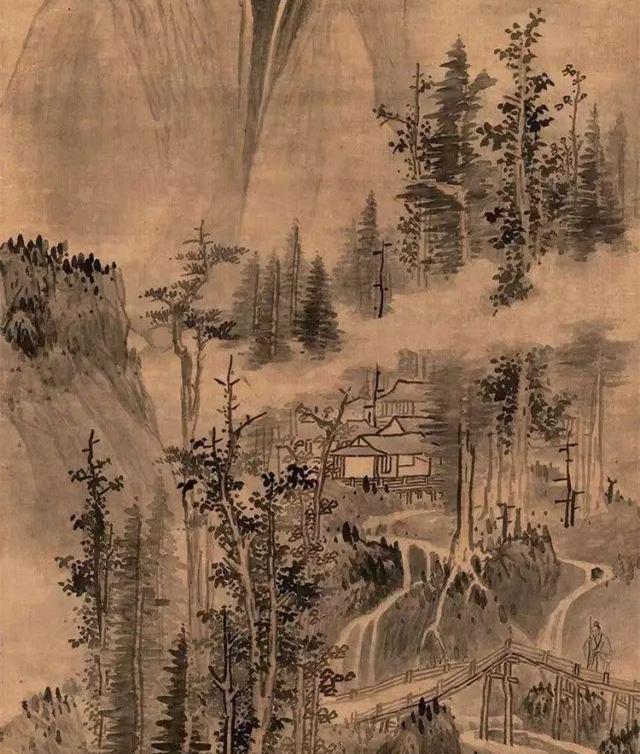
生年不满百，常怀千岁忧。